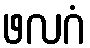
ဖလဂံ